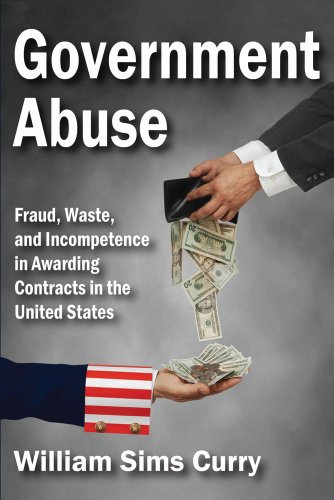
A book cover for Government Abuse: Fraud, Waste, and Incompetence in Awarding Contracts in the United States; William Sims Curry; Law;